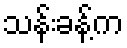
သန်းခန့်က